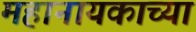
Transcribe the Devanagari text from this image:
महानायकाच्या